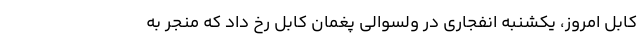
کابل امروز، یکشنبه انفجاری در ولسوالی پغمان کابل رخ داد که منجر به